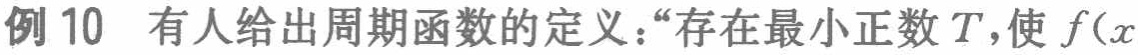
例 10 有人给出周期函数的定义：“存在最小正数 \(T\)，使 \(f(x\)